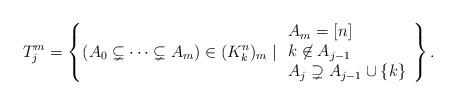
LaTeX: \begin{align*}T^m_j &= \left\{ (A_0 \subsetneq \dots \subsetneq A_m) \in (K^n_k)_m \mid \begin{array}{l}A_m = [n] \\k \not\in A_{j-1} \\A_{j} \supsetneq A_{j-1} \cup \{ k \}\end{array} \right \}.\end{align*}